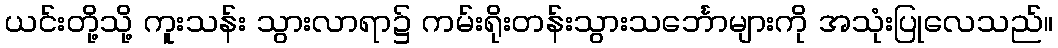
ယင်းတို့သို့ ကူးသန်း သွားလာရာ၌ ကမ်းရိုးတန်းသွားသင်္ဘောများကို အသုံးပြုလေသည်။